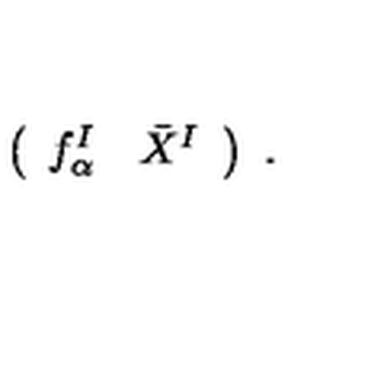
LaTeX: \left( \begin{array} { c c } { f _ { \alpha } ^ { I } } & { \bar { X } ^ { I } } \\ \end{array} \right) \ .